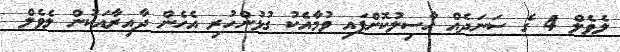
ލެވެލް 4 ގެ ސަނަދެއް ހާސިލުކޮށްފައި ވުމާއެކު ގުޅުންހުރި އެހެން ދާއިރާއަކުން ލެވެލް